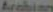
Arabian